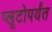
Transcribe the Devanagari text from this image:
प्लूटोपर्यंत